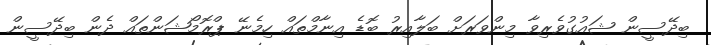
ބިދޭސީން ޝައުގުވެރިވާ މިންވަރަށް ބަލާއިރު ބޮޑެ އިނާމްތައް ހިމެނޭ ޕްރޮމޯޝަންތައް ދެން ބިދޭސީން